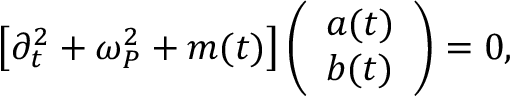
\begin{array} { r } { \left[ \partial _ { t } ^ { 2 } + \omega _ { P } ^ { 2 } + m ( t ) \right] \left( \begin{array} { l } { a ( t ) } \\ { b ( t ) } \end{array} \right) = 0 , } \end{array}